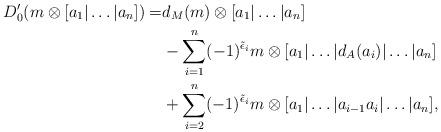
LaTeX: \begin{align*} D_{0}'(m \otimes [a_{1} | \dots | a_{n}]) = & d_{M}(m) \otimes [a_{1} | \dots | a_{n}] \\ &- \sum_{i=1}^{n} (-1)^{\tilde{\epsilon}_{i}} m \otimes [a_{1} | \dots | d_{A}(a_{i}) | \dots | a_{n}] \\ &+ \sum_{i=2}^{n} (-1)^{\tilde{\epsilon}_{i}} m \otimes [a_{1} | \dots | a_{i-1} a_{i} | \dots | a_{n}], \end{align*}